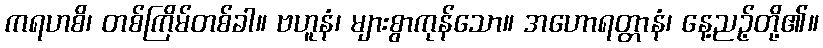
ကရဟစိ၊ တစ်ကြိမ်တစ်ခါ။ ဗဟူနံ၊ များစွာကုန်သော။ အဟောရတ္တာနံ၊ နေ့ညဉ့်တို့၏။